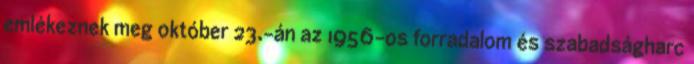
emlékeznek meg október 23.-án az 1956-os forradalom és szabadságharc